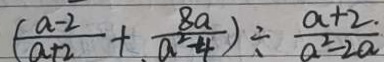
( \frac { a - 2 } { a + 2 } + \frac { 8 a } { . a ^ { 2 } - 4 } ) \div \frac { a + 2 . } { a ^ { 2 } - 2 a }